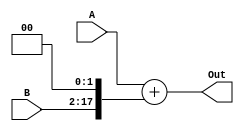
module PCAdderBranch(A, B, Out);
    input [31:0] A;
    input [15:0] B;
    output reg [31:0] Out;
    reg [17:0] temp;
    
    always @(*)
    begin
        temp = B << 2;
        Out = A + temp;
    end
endmodule